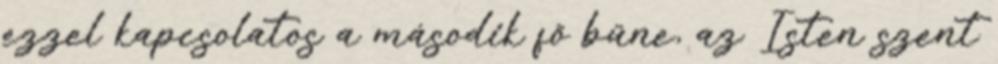
ezzel kapcsolatos a második fő bűne, az Isten szent